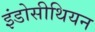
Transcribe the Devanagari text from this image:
इंडोसीथियन